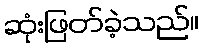
ဆုံးဖြတ်ခဲ့သည်။